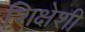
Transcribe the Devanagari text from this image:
शिक्षेशी